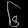
Digit: ၆